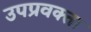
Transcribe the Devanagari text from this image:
उपप्रवक्ता